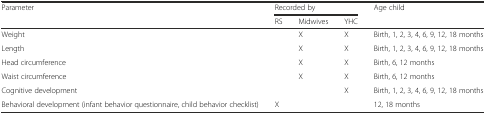
<table><thead><tr><td rowspan="2"><b>Parameter</b></td><td colspan="3"><b>Recorded by</b></td><td rowspan="2"><b>Age child</b></td></tr><tr><td><b>RS</b></td><td><b>Midwives</b></td><td><b>YHC</b></td></tr></thead><tbody><tr><td>Weight</td><td></td><td>X</td><td>X</td><td>Birth, 1, 2, 3, 4, 6, 9, 12, 18 months</td></tr><tr><td>Length</td><td></td><td>X</td><td>X</td><td>Birth, 1, 2, 3, 4, 6, 9, 12, 18 months</td></tr><tr><td>Head circumference</td><td></td><td>X</td><td>X</td><td>Birth, 6, 12 months</td></tr><tr><td>Waist circumference</td><td></td><td>X</td><td>X</td><td>Birth, 6, 12 months</td></tr><tr><td>Cognitive development</td><td></td><td></td><td>X</td><td>Birth, 1, 2, 3, 4, 6, 9, 12, 18 months</td></tr><tr><td>Behavioral development (infant behavior questionnaire, child behavior checklist)</td><td>X</td><td></td><td></td><td>12, 18 months</td></tr></tbody></table>